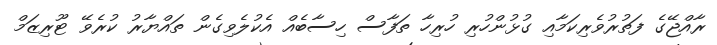
ރާއްޖޭގެ ފަތުރުވެރިކަމާއި ގުޅުންހުރި ހުރިހާ ތަފާސް ހިސާބެއް އެކުލެވިގެން ތައްޔާރު ކުރެވޭ ޓޫރިޒަމް